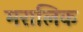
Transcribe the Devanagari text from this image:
मरालिक